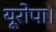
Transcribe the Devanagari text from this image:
यूरोपा।